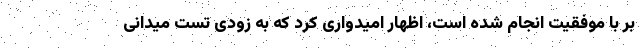
بر با موفقیت انجام شده است، اظهار امیدواری کرد که به زودی تست میدانی